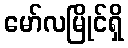
မော်လမြိုင်ရှိ